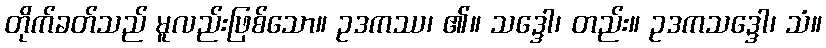
တိုက်ခတ်သည် မူလည်းဖြစ်သော။ ဥဒကဿ၊ ၏။ သဒ္ဒေါ၊ တည်း။ ဥဒကသဒ္ဒေါ၊ သံ။